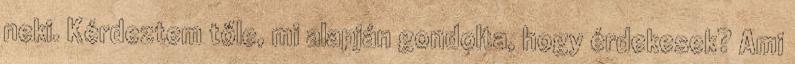
neki. Kérdeztem tőle, mi alapján gondolta, hogy érdekesek? Ami